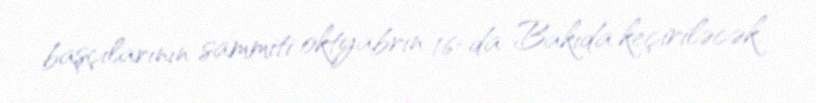
başçılarının sammiti oktyabrın 16-da Bakıda keçiriləcək.